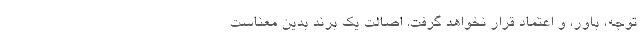
توجه، باور، و اعتماد قرار نخواهد گرفت. اصالتِ یک برند بدین معناست